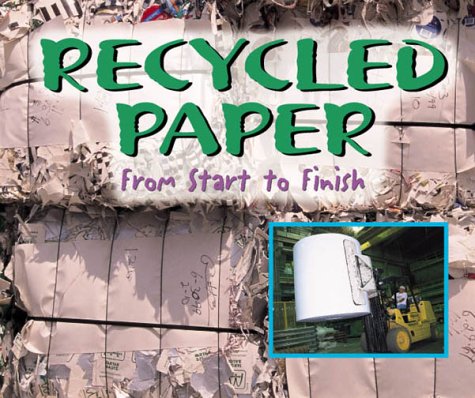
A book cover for Made in the USA - Recycled Paper; Samuel G. Woods; Science & Math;